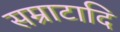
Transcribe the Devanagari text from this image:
सम्राटादि